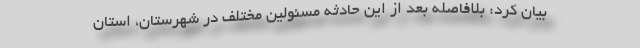
بیان کرد: بلافاصله بعد از این حادثه مسئولین مختلف در شهرستان، استان